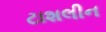
ટાશલીન